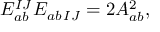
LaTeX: E _ { a b } ^ { I J } E _ { a b \, I J } = 2 A _ { a b } ^ { 2 } ,